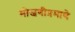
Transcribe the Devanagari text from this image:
मोजणीप्रमाणे